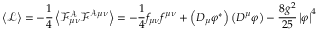
\left\langle { \mathcal L } \right\rangle = - \frac { 1 } { 4 } \left\langle \mathcal { F ^ { A } } _ { \mu \nu } \mathcal F ^ { \mathcal A \mu \nu } \right\rangle = - \frac { 1 } { 4 } f _ { \mu \nu } f ^ { \mu \nu } + \left( D _ { \mu } \varphi ^ { * } \right) \left( D ^ { \mu } \varphi \right) - \frac { 8 g ^ { 2 } } { 2 5 } \left| \varphi \right| ^ { 4 }